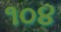
૧૦૪